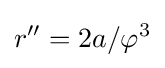
r''=2a/\varphi ^{3}